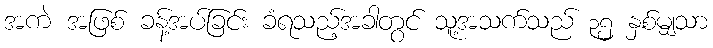
အကဲ အဖြစ် ခန့်အပ်ခြင်း ခံရသည့်အခါတွင် သူ့အသက်သည် ၃၅ နှစ်မျှသာ